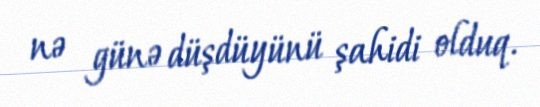
nə günə düşdüyünü şahidi olduq.